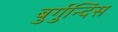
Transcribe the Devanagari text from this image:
बुर्गुन्दिंस